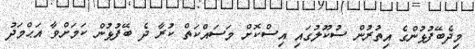
މިދެބޭފުޅުންގެ އިތުރުން ސުކޫލުގައި އިސްކޮށް މަސައްކަތް ކުރާ ދެ ބޭފުޅުން ކަމަށްވާ އަޙްމަދު